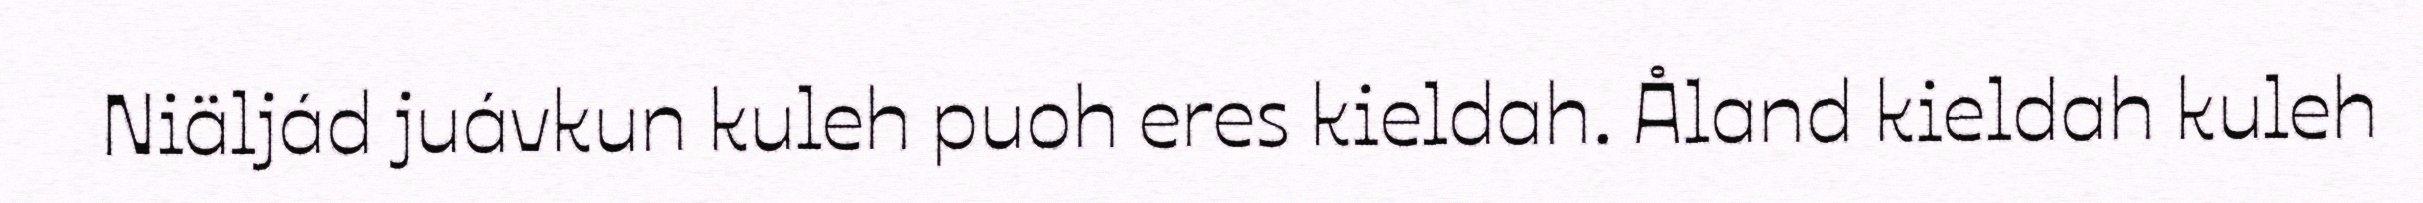
Niäljád juávkun kuleh puoh eres kieldah. Åland kieldah kuleh